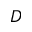
D